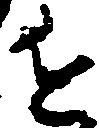
近